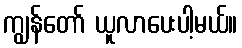
ကျွန်တော် ယူလာပေးပါ့မယ်။